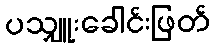
ပသျှူးခေါင်းဖြတ်